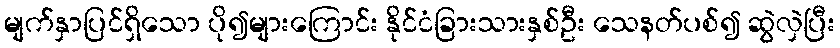
မျက်နှာပြင်ရှိသော ပို၍များကြောင်း နိုင်ငံခြားသားနှစ်ဦး သေနတ်ပစ်၍ ဆွဲလှဲပြီး